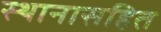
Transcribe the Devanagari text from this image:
स्थानासहित